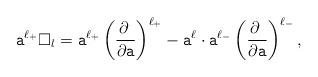
LaTeX: \begin{align*}\mathtt{a}^{\ell_{+}}\square_{l}=\mathtt{a}^{\ell_{+}}\left(\frac{\partial\;}{\partial\mathtt{a}}\right)^{\ell_{+}}-\mathtt{a}^{\ell}\cdot\mathtt{a}^{\ell_{-}}\left(\frac{\partial\;}{\partial\mathtt{a}}\right)^{\ell_{-}},\end{align*}